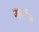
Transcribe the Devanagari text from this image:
मर्गज